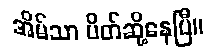
အိမ်သာ ပိတ်ဆို့နေပြီ။